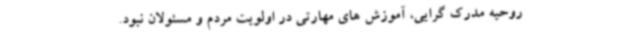
روحیه مدرک گرایی، آموزش های مهارتی در اولویت مردم و مسئولان نبود.